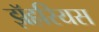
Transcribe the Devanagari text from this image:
झॅहरियस